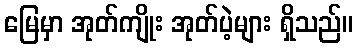
မြေမှာ အုတ်ကျိုး အုတ်ပဲ့များ ရှိသည်။